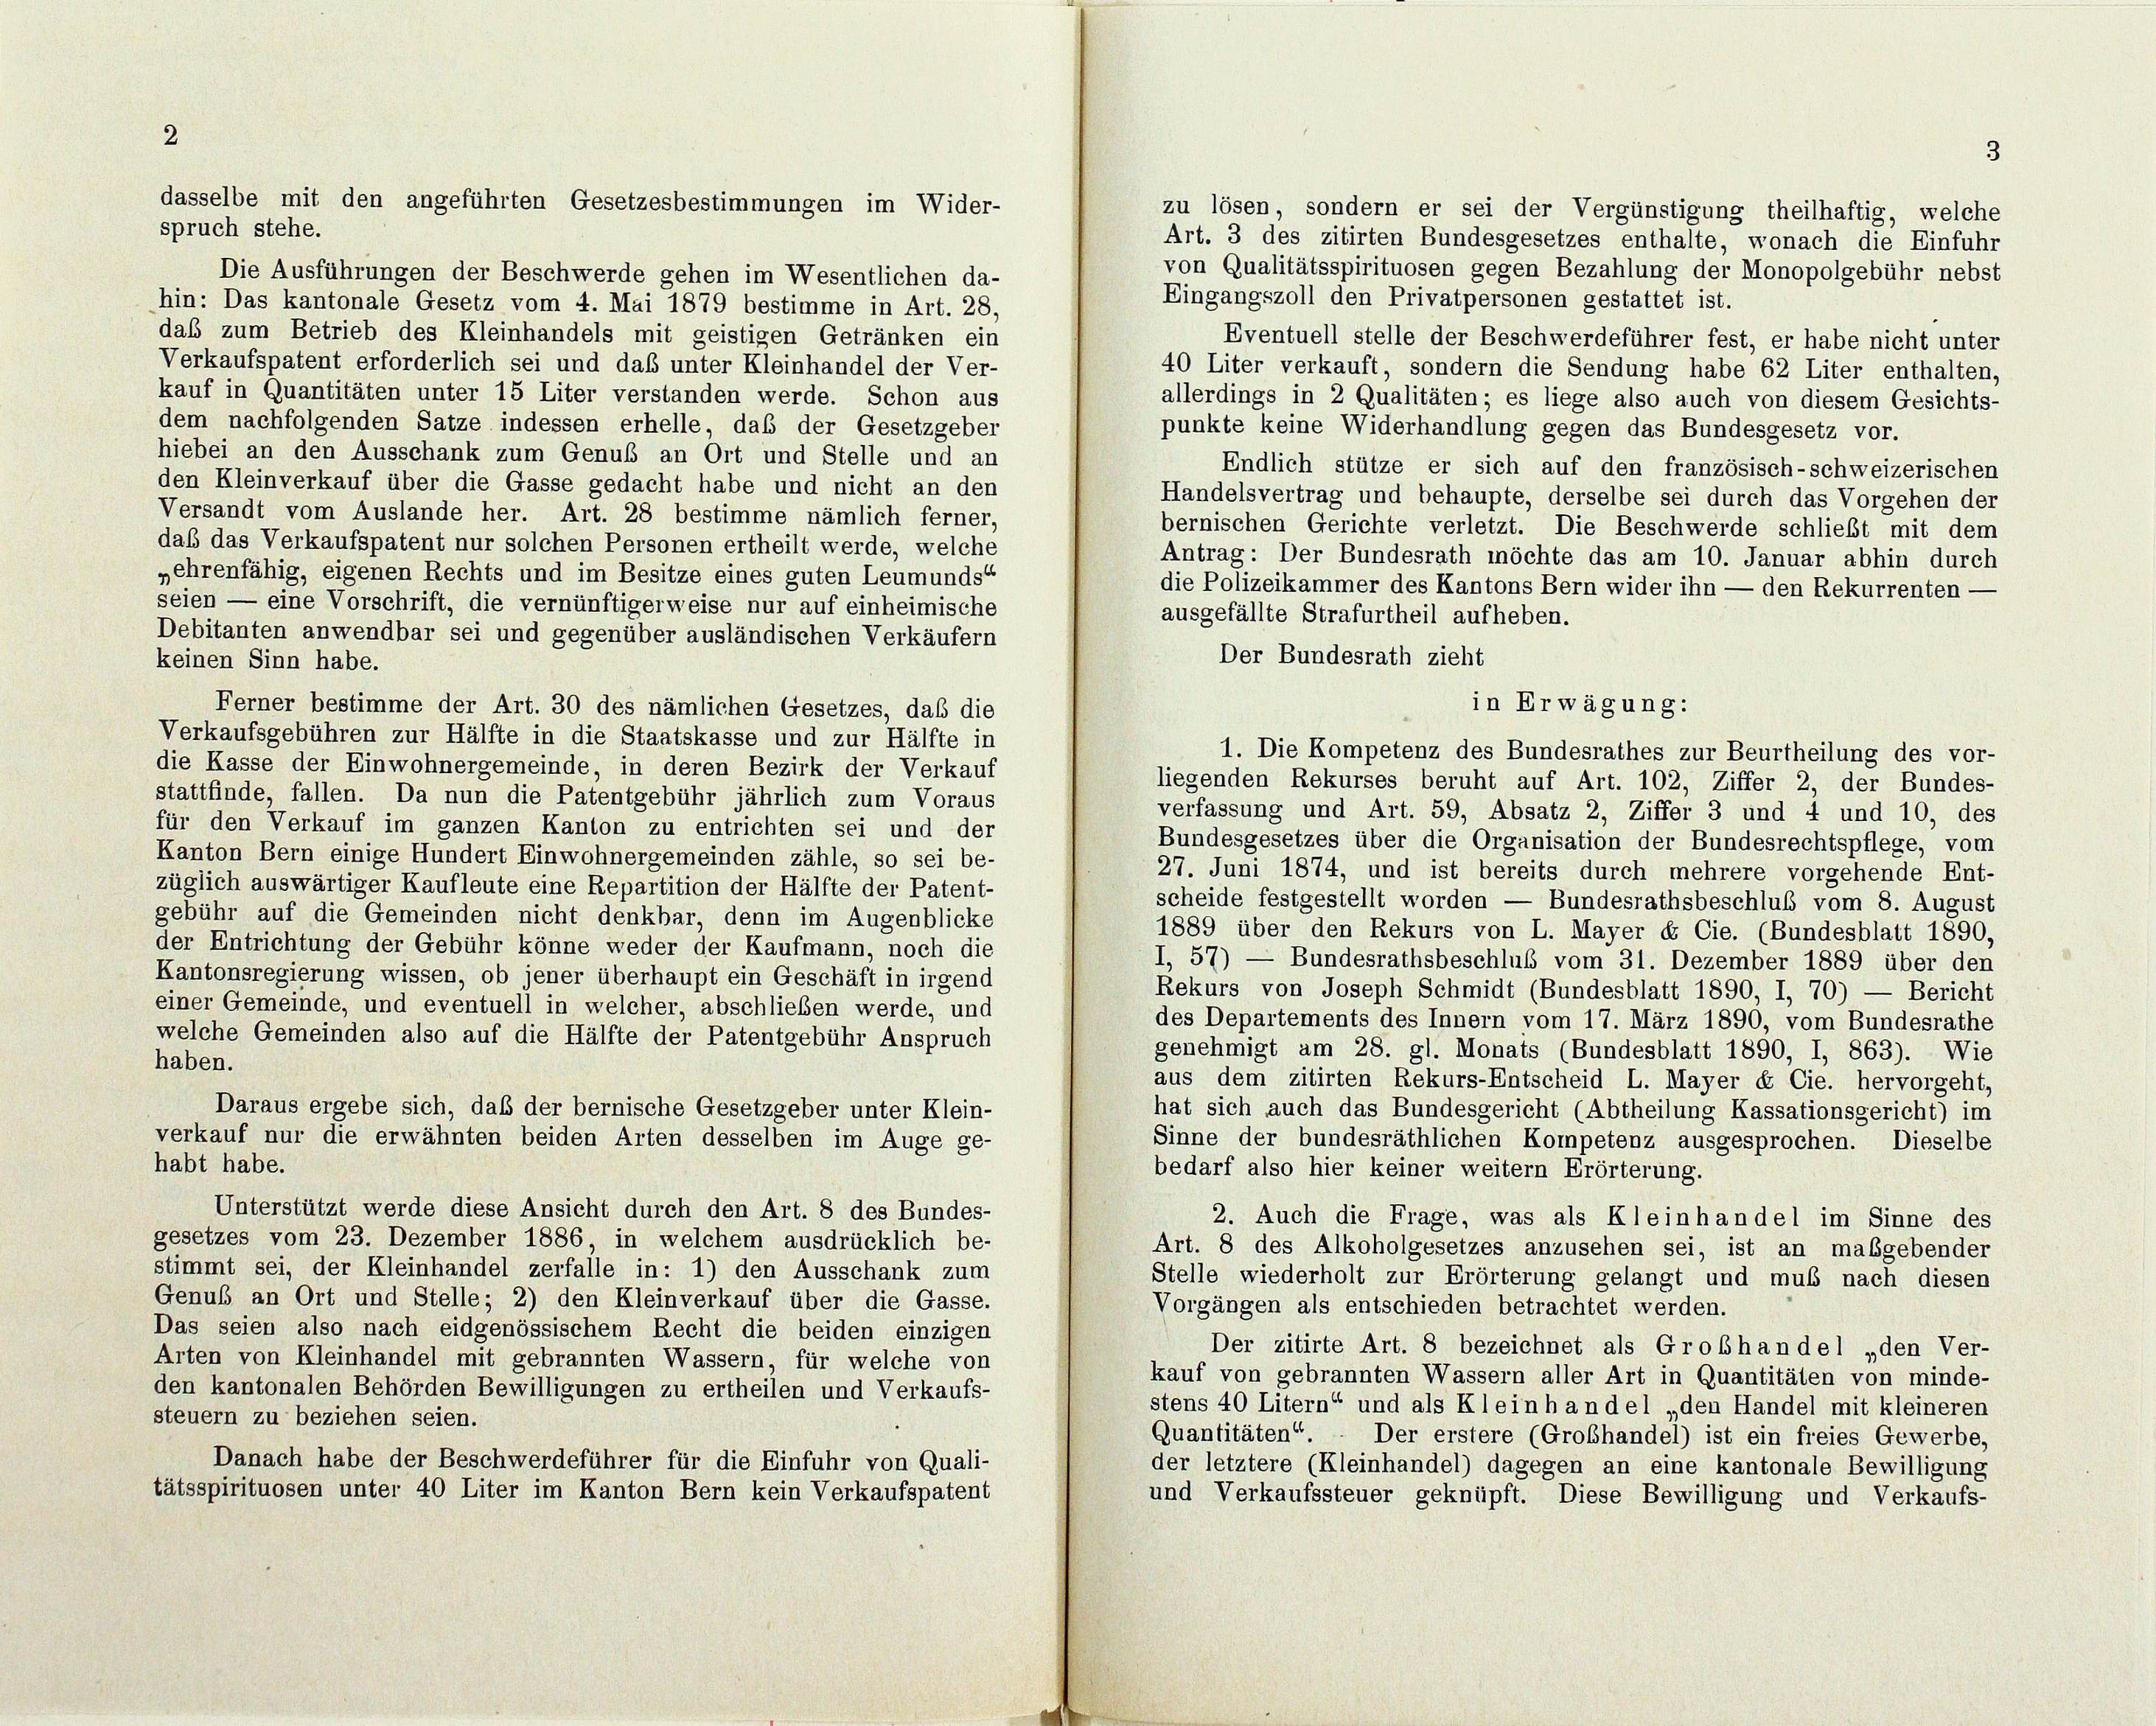
2

zu lösen, sondern er sei der Vergünstigung theilhaftig, welche
spruch stehe.
Art. 3 des zitirten Bundesgesetzes enthalte, wonach die Einfuhr
von Qualitätsspirituosen gegen Bezahlung der Monopolgebühr nebst
Die Ausführungen der Beschwerde gehen im Wesentlichen da-
Eingangszoll den Privatpersonen gestattet ist.
hin: Das kantonale Gesetz vom 4. Mai 1879 bestimme in Art. 28,
das zum Betrieb des Kleinhandels mit geistigen Getränken ein
Eventuell stelle der Beschwerdeführer fest, er habe nicht unter
Verkaufspatent erforderlich sei und daß unter Kleinhandel der Ver-
40 Liter verkauft, sondern die Sendung habe 62 Liter enthalten,
kauf in Quantitäten unter 15 Liter verstanden werde. Schon aus
allerdings in 2 Qualitäten; es liege also auch von diesem Gesichts-
dem nachfolgenden Satze indessen erhelle, daß der Gesetzgeber
punkte keine Widerhandlung gegen das Bundesgesetz vor.
hiebei an den Ausschank zum Genuß an Ort und Stelle und an
Endlich stütze er sich auf den französisch-schweizerischen
den Kleinverkauf über die Gasse gedacht habe und nicht an den
Handelsvertrag und behaupte, derselbe sei durch das Vorgehen der
Versandt vom Auslande her. Art. 28 bestimme nämlich ferner,
bernischen Gerichte verletzt. Die Beschwerde schließt mit dem
daß das Verkaufspatent nur solchen Personen ertheilt werde, welche
Antrag: Der Bundesrath möchte das am 10. Januar abhin durch
„ehrenfähig, eigenen Rechts und im Besitze eines guten Leumunds“
die Polizeikammer des Kantons Bern wider ihn — den Rekurrenten —
seien — eine Vorschrift, die vernünftigerweise nur auf einheimische
ausgefällte Strafurtheil aufheben.
Debitanten anwendbar sei und gegenüber ausländischen Verkäufern
Der Bundesrath zieht
keinen Sinn habe.
Ferner bestimme der Art. 30 des nämlichen Gesetzes, daß die
Verkaufsgebühren zur Hälfte in die Staatskasse und zur Hälfte in
die Kasse der Einwohnergemeinde, in deren Bezirk der Verkauf
liegenden Rekurses beruht auf Art. 102, Ziffer 2, der Bundes-
stattfinde, fallen. Da nun die Patentgebühr jährlich zum Voraus
verfassung und Art. 59, Absatz 2, Ziffer 3 und 4 und 10, des
für den Verkauf im ganzen Kanton zu entrichten sei und der
Bundesgesetzes über die Organisation der Bundesrechtspflege, vom
Kanton Bern einige Hundert Einwohnergemeinden zähle, so sei be-
27. Juni 1874, und ist bereits durch mehrere vorgehende Ent-
züglich auswärtiger Kaufleute eine Repartition der Hälfte der Patent-
scheide festgestellt worden — Bundesrathsbeschluß vom 8. August
gebühr auf die Gemeinden nicht denkbar, denn im Augenblicke
1889 über den Rekurs von L. Mayer & Cie. (Bundesblatt 1890,
der Entrichtung der Gebühr könne weder der Kaufmann, noch die
I, 57) — Bundesrathsbeschluß vom 31. Dezember 1889 über den
Kantonsregierung wissen, ob jener überhaupt ein Geschäft in irgend
Rekurs von Joseph Schmidt (Bundesblatt 1890, I, 70) — Bericht
einer Gemeinde, und eventuell in welcher, abschließen werde, und
des Departements des Innern vom 17. März 1890, vom Bundesrathe
welche Gemeinden also auf die Hälfte der Patentgebühr Anspruch
genehmigt am 28. gl. Monats (Bundesblatt 1890, I, 863). Wie
haben.
aus dem zitirten Rekurs-Entscheid L. Mayer & Cie. hervorgeht,
Daraus ergebe sich, daß der bernische Gesetzgeber unter Klein-
hat sich auch das Bundesgericht (Abtheilung Kassationsgericht) im
verkauf nur die erwähnten beiden Arten desselben im Auge ge-
Sinne der bundesräthlichen Kompetenz ausgesprochen. Dieselbe
habt habe.
bedarf also hier keiner weitern Erörterung.
Unterstützt werde diese Ansicht durch den Art. 8 des Bundes-
2. Auch die Frage, was als Kleinhandel im Sinne des
gesetzes vom 23. Dezember 1886 in welchem ausdrücklich be-
Art. 8 des Alkoholgesetzes anzusehen sei, ist an maßgebender
stimmt sei, der Kleinhandel zerfalle in: 1) den Ausschank zum
Stelle wiederholt zur Erörterung gelangt und muß nach diesen
Genuß an Ort und Stelle; 2) den Kleinverkauf über die Gasse.
Vorgängen als entschieden betrachtet werden.
Das seien also nach eidgenössischem Recht die beiden einzigen
Der zitirte Art. 8 bezeichnet als Grobhandel „den Ver-
Arten von Kleinhandel mit gebrannten Wassern, für welche von
kauf von gebrannten Wassern aller Art in Quantitäten von minde-
den kantonalen Behörden Bewilligungen zu ertheilen und Verkaufs-
stens 40 Litern“ und als Kleinhandel „den Handel mit kleineren
steuern zu beziehen seien.
Quantitäten“. - Der erstere (Grobhandel) ist ein freies Gewerbe,
Danach habe der Beschwerdeführer für die Einfuhr von Quali-
der letztere (Kleinhandel) dagegen an eine kantonale Bewilligung
tätsspirituosen unter 40 Liter im Kanton Bern kein Verkaufspatent
und Verkaufssteuer geknüpft. Diese Bewilligung und Verkaufs-

dasselbe mit den angeführten Gesetzesbestimmungen im Wider-

in Erwägung:
1. Die Kompetenz des Bundesrathes zur Beurtheilung des vor-